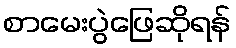
စာမေးပွဲဖြေဆိုရန်